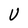
Character: U